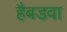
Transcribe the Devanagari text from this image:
हैबडवा